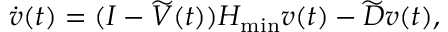
\dot { v } ( t ) = ( I - \widetilde { V } ( t ) ) H _ { \operatorname* { m i n } } v ( t ) - \widetilde { D } v ( t ) ,